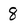
Character: 8